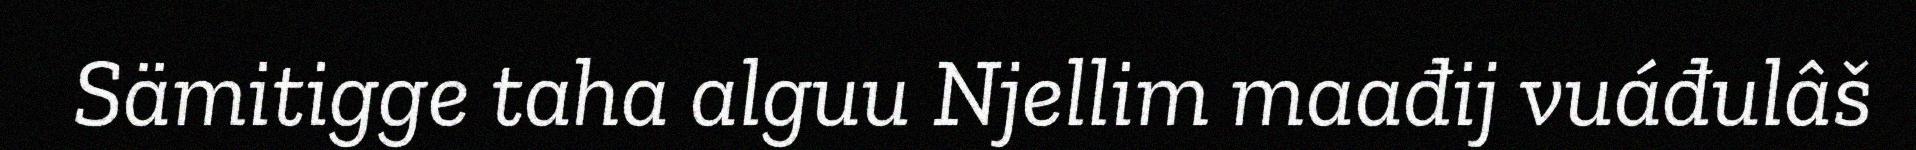
Sämitigge taha alguu Njellim maađij vuáđulâš